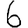
Digit: 6